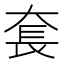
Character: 𡘷